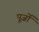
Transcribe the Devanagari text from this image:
पूर्जो